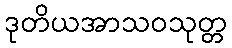
ဒုတိယအာသဝသုတ္တ